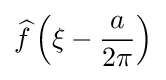
{\widehat {f}}\left(\xi -{\frac {a}{2\pi }}\right)